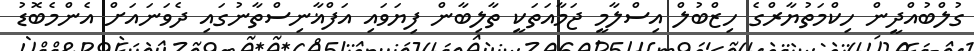
ގުލްބުއްދީން ހިކްމަތުޔާރްގެ ހިޒްބުލް އިސްލާމީ ޖަމާއަތަކީ ތާލިބާން ފިޔަވައި އަފްޣާނިސްތާނުގައި ދެވަނައަށް އެންމެބޮޑު